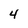
Character: 4